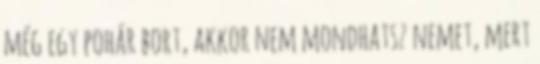
még egy pohár bort, akkor nem mondhatsz nemet, mert